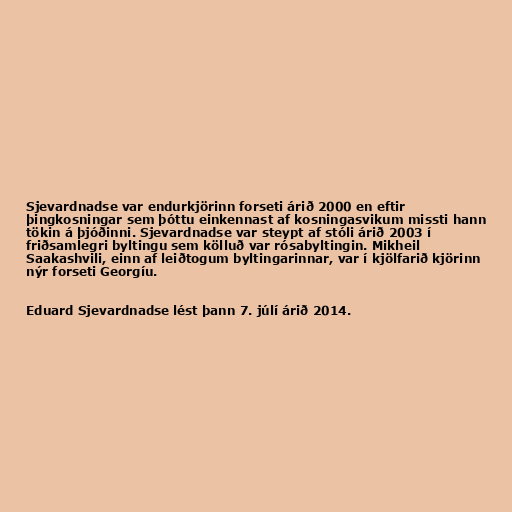
Sjevardnadse var endurkjörinn forseti árið 2000 en eftir
þingkosningar sem þóttu einkennast af kosningasvikum missti hann
tökin á þjóðinni. Sjevardnadse var steypt af stóli árið 2003 í
friðsamlegri byltingu sem kölluð var rósabyltingin. Mikheil
Saakashvili, einn af leiðtogum byltingarinnar, var í kjölfarið kjörinn
nýr forseti Georgíu.

Eduard Sjevardnadse lést þann 7. júlí árið 2014.